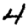
Digit: 4